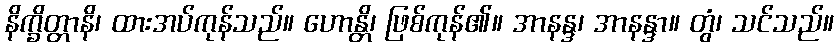
နိက္ခိတ္တာနိ၊ ထားအပ်ကုန်သည်။ ဟောန္တိ၊ ဖြစ်ကုန်၏။ အာနန္ဒ၊ အာနန္ဒာ။ တွံ၊ သင်သည်။